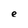
Character: e